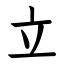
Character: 立